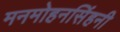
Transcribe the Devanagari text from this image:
मनमोहनसिंहनी